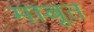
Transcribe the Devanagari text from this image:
माबूत